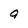
Character: a